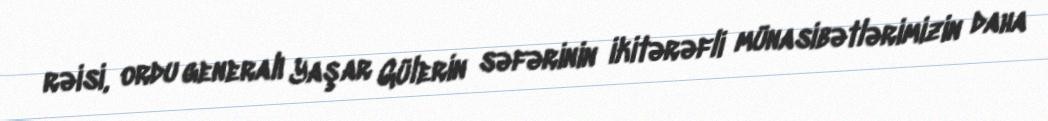
rəisi, ordu generalı Yaşar Gülerin səfərinin ikitərəfli münasibətlərimizin daha